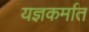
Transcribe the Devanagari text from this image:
यज्ञकर्मात